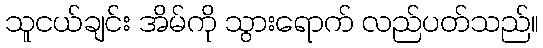
သူငယ်ချင်း အိမ်ကို သွားရောက် လည်ပတ်သည်။